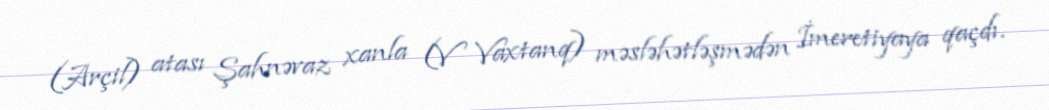
(Arçil) atası Şahnəvaz xanla (V Vaxtanq) məsləhətləşmədən İmeretiyaya qaçdı.